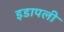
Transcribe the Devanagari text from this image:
इडापली